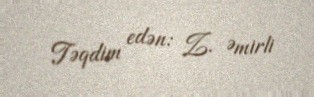
Təqdim edən: Z. Əmirli